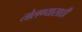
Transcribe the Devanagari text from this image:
तोलण्यासाठी